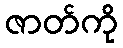
ဇာတ်ကို